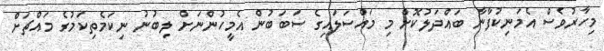
މިހާރުވެސް އެމަނިކުފާނާ ބައްދަލުކޮށް މި މައްސަލައިގެ ސަބަބުން އެމީހުންނަށް ލިބުނު ނިކަމެތިކަމުގެ މައްޗަށް